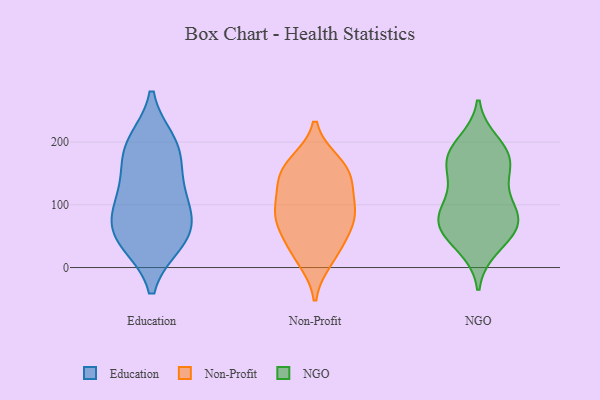
{"axis": {"x": "Inventory Turnover", "y": "Value"}, "legend": ["Education", "NGO", "Non-Profit"], "data": [{"x": "", "y": 187, "type": "Education"}, {"x": "", "y": 41, "type": "Education"}, {"x": "", "y": 42, "type": "Education"}, {"x": "", "y": 119, "type": "Education"}, {"x": "", "y": 53, "type": "Education"}, {"x": "", "y": 84, "type": "Education"}, {"x": "", "y": 186, "type": "Education"}, {"x": "", "y": 198, "type": "Education"}, {"x": "", "y": 129, "type": "Education"}, {"x": "", "y": 78, "type": "Education"}, {"x": "", "y": 48, "type": "Non-Profit"}, {"x": "", "y": 122, "type": "Non-Profit"}, {"x": "", "y": 82, "type": "Non-Profit"}, {"x": "", "y": 14, "type": "Non-Profit"}, {"x": "", "y": 27, "type": "Non-Profit"}, {"x": "", "y": 86, "type": "Non-Profit"}, {"x": "", "y": 146, "type": "Non-Profit"}, {"x": "", "y": 80, "type": "Non-Profit"}, {"x": "", "y": 160, "type": "Non-Profit"}, {"x": "", "y": 87, "type": "Non-Profit"}, {"x": "", "y": 166, "type": "Non-Profit"}, {"x": "", "y": 147, "type": "Non-Profit"}, {"x": "", "y": 84, "type": "NGO"}, {"x": "", "y": 181, "type": "NGO"}, {"x": "", "y": 174, "type": "NGO"}, {"x": "", "y": 74, "type": "NGO"}, {"x": "", "y": 181, "type": "NGO"}, {"x": "", "y": 198, "type": "NGO"}, {"x": "", "y": 46, "type": "NGO"}, {"x": "", "y": 85, "type": "NGO"}, {"x": "", "y": 67, "type": "NGO"}, {"x": "", "y": 153, "type": "NGO"}, {"x": "", "y": 156, "type": "NGO"}, {"x": "", "y": 90, "type": "NGO"}, {"x": "", "y": 62, "type": "NGO"}, {"x": "", "y": 120, "type": "NGO"}, {"x": "", "y": 33, "type": "NGO"}]}